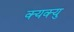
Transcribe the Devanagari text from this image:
क्यक्यु